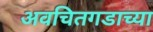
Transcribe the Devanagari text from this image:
अवचितगडाच्या